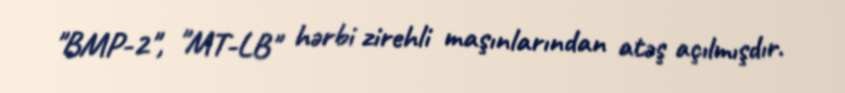
"BMP-2", "MT-LB" hərbi zirehli maşınlarından atəş açılmışdır.